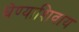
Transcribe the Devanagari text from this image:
घेण्याशिवाय